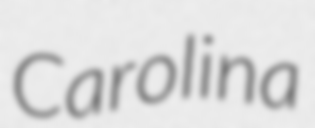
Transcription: Carolina